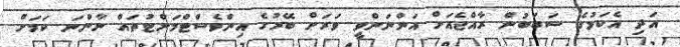
އަދި އެކަމުގެ ސަބަބުން ރާއްޖެއަށް އަންނަންވީ ވަރަށް ބޭރުގެ އިންވެސްޓްމަންޓުތައް ނާންނަ ކަމަށް